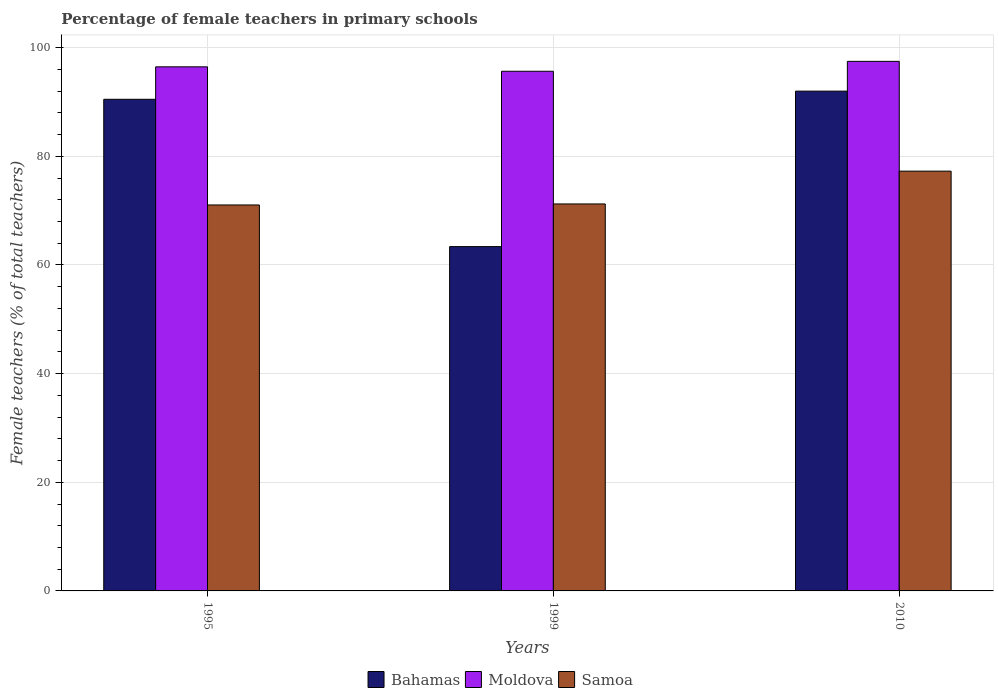
| Years | Bahamas | Moldova | Samoa |
 | --- | --- | --- | --- |
 | 1995 | 90.5 | 96.5 | 71.1 |
 | 1999 | 63.4 | 95.7 | 71.2 |
 | 2010 | 92 | 97.5 | 77.3 |